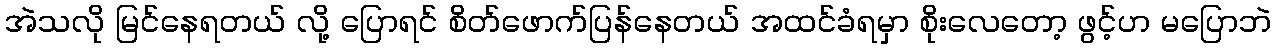
အဲသလို မြင်နေရတယ် လို့ ပြောရင် စိတ်ဖောက်ပြန်နေတယ် အထင်ခံရမှာ စိုးလေတော့ ဖွင့်ဟ မပြောဘဲ